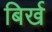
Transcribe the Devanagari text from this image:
बिर्ख